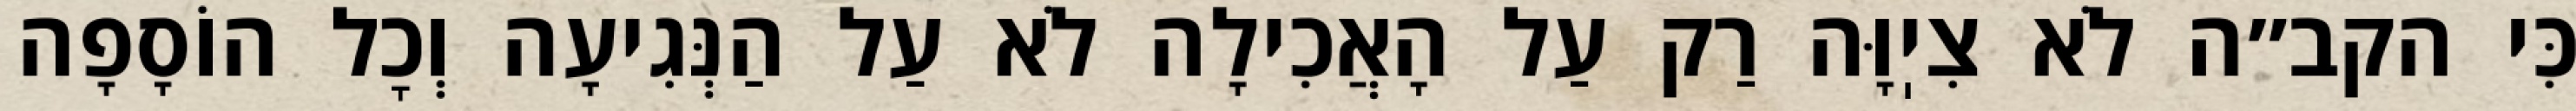
כִּי הקב״ה לֹא צִיֽוָּה רַק עַל הָאֲכִילָה לֹא עַל הַנְּגִיעָה וְכׇל הוֹסָפָה